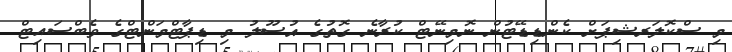
މި ސްކޮލަރޝިޕަށް ކެންޑިޑޭޓުން ނޮމިނޭޓް ކުރާނެ ގޮތުގެ އުސޫލު މި ޑިޕާޓްމަންޓްގެ ވެބްސައިޓް